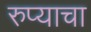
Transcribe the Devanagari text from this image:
रुप्याचा